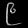
Digit: ၉